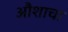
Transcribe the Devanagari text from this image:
औशाचा